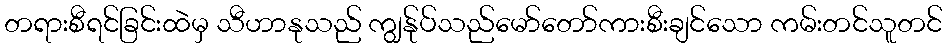
တရားစီရင်ခြင်းထဲမှ သီဟာနုသည် ကျွန်ုပ်သည်မော်တော်ကားစီးချင်သော ကမ်းတင်သူတင်